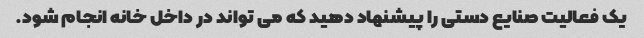
یک فعالیت صنایع دستی را پیشنهاد دهید که می تواند در داخل خانه انجام شود.